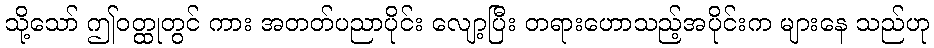
သို့သော် ဤဝတ္ထုတွင် ကား အတတ်ပညာပိုင်း လျော့ပြီး တရားဟောသည့်အပိုင်းက များနေ သည်ဟု